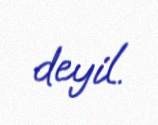
deyil.